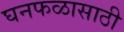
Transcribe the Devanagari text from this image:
घनफळासाठी